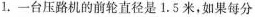
1.一台压路机的前轮直径是1.5米，如果每分